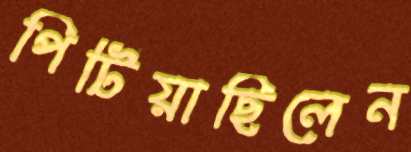
পিটিয়াছিলেন